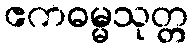
ဧကဓမ္မသုတ္တ